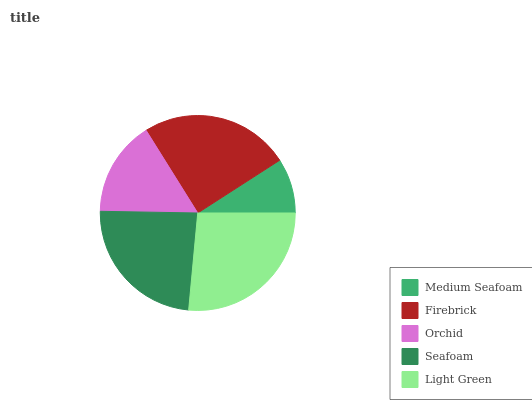
| Medium Seafoam | Firebrick | Orchid | Seafoam | Light Green |
 | --- | --- | --- | --- | --- |
 | 9.11% | 24.9% | 15.9% | 23.7% | 26.4% |